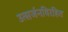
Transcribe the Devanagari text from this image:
उत्सर्जनविरहित